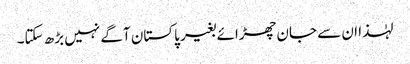
لہٰذا ان سے جان چھڑائے بغیر پاکستان آگے نہیں بڑھ سکتا۔